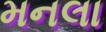
મનલા